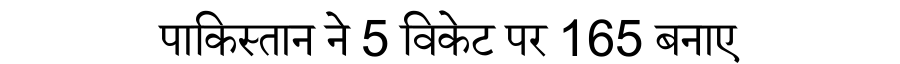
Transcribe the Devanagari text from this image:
पाकिस्तान ने 5 विकेट पर 165 बनाए